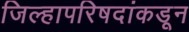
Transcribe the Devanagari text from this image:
जिल्हापरिषदांकडून